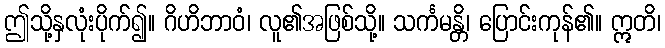
ဤသို့နှလုံးပိုက်၍။ ဂိဟိဘာဝံ၊ လူ၏အဖြစ်သို့။ သင်္ကမန္တိ၊ ပြောင်းကုန်၏။ ဣတိ၊